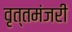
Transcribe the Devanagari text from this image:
वृत्तमंजरी